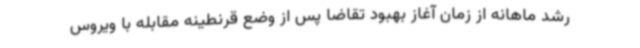
رشد ماهانه از زمان آغاز بهبود تقاضا پس از وضع قرنطینه مقابله با ویروس